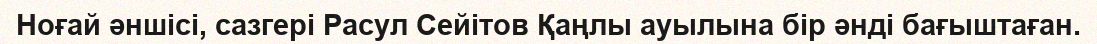
Ноғай әншісі, сазгері Расул Сейітов Қаңлы ауылына бір әнді бағыштаған.